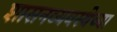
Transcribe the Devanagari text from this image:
शासनव्यवस्थेच्या